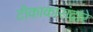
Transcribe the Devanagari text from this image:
टीकाकारांद्वारे